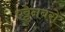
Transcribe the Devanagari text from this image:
एट्टेनबरो